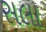
સલા